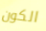
الكون